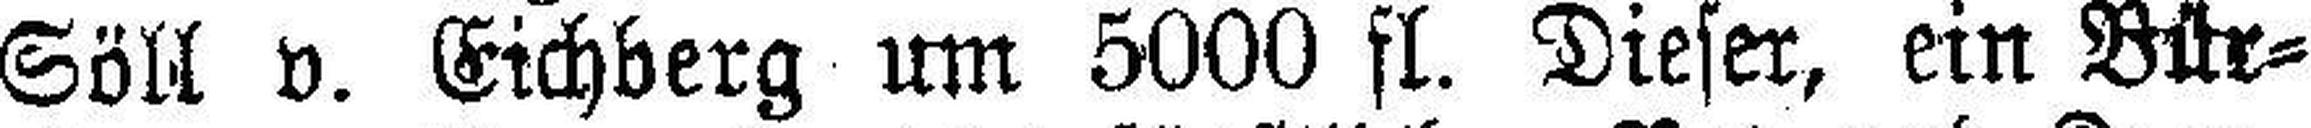
Söll v. Eichberg um 5000 fl. Dieser, ein Bür¬